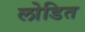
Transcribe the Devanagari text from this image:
लोडित